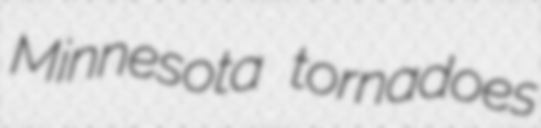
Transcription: Minnesota tornadoes